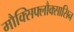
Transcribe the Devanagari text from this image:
मौक्सिफ्लौक्सासिन